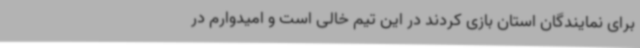
برای نمایندگان استان بازی کردند در این تیم خالی است و امیدوارم در